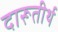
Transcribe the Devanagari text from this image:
दारूतीर्थ